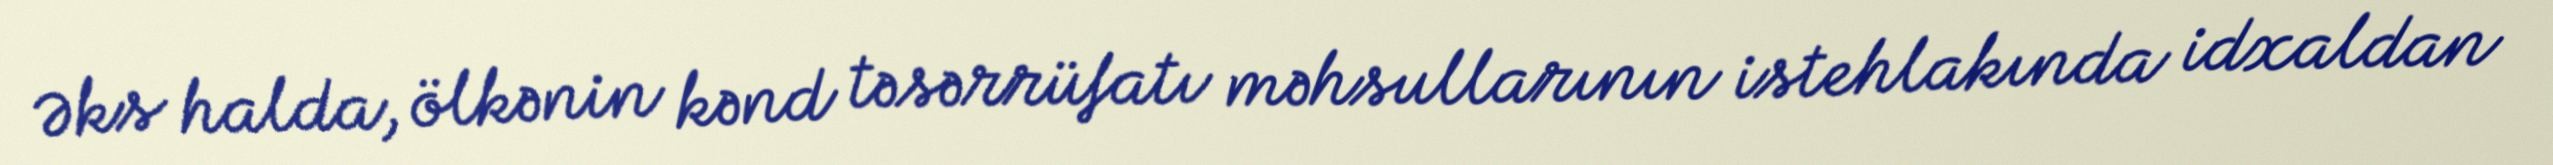
Əks halda, ölkənin kənd təsərrüfatı məhsullarının istehlakında idxaldan